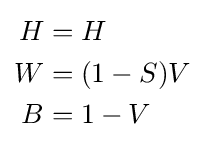
{\begin{aligned}H&=H\\W&=(1-S)V\\B&=1-V\end{aligned}}